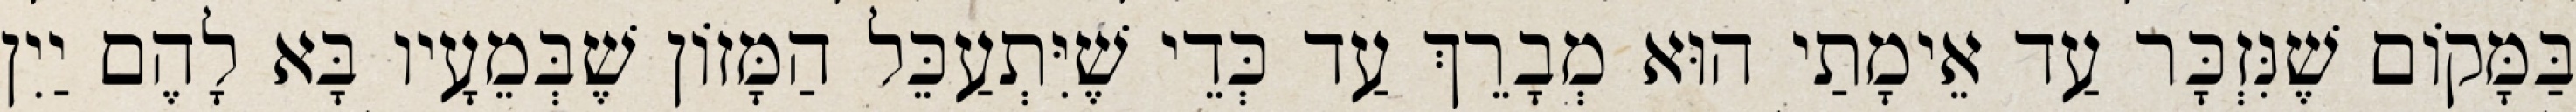
בַּמָּקוֹם שֶׁנִּזְכָּר עַד אֵימָתַי הוּא מְבָרֵךְ עַד כְּדֵי שֶׁיִּתְעַכֵּל הַמָּזוֹן שֶׁבְּמֵעָיו בָּא לָהֶם יַיִן